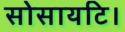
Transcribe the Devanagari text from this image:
सोसायटि।